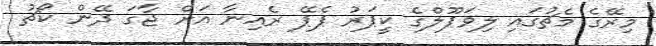
މިރޭގެ މެޗުގައި ލިވަޕޫލްގެ ކީޕަރު ޕެޕޭ ރެއިނާ އަށް ޖާގަ ދޭން ކޯޗު